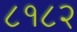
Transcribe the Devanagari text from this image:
८१८२